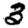
Digit: 3